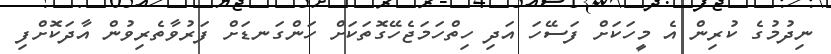
ނިދުމުގެ ކުރިން އެ މީހަކަށް ފަސޭހަ އަދި ހިތްހަމަޖެހޭގޮތަކަށް ހަންގަނޑަށް ފަރުވާތެރިވުން އާދަކޮށްފި